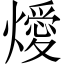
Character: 燰